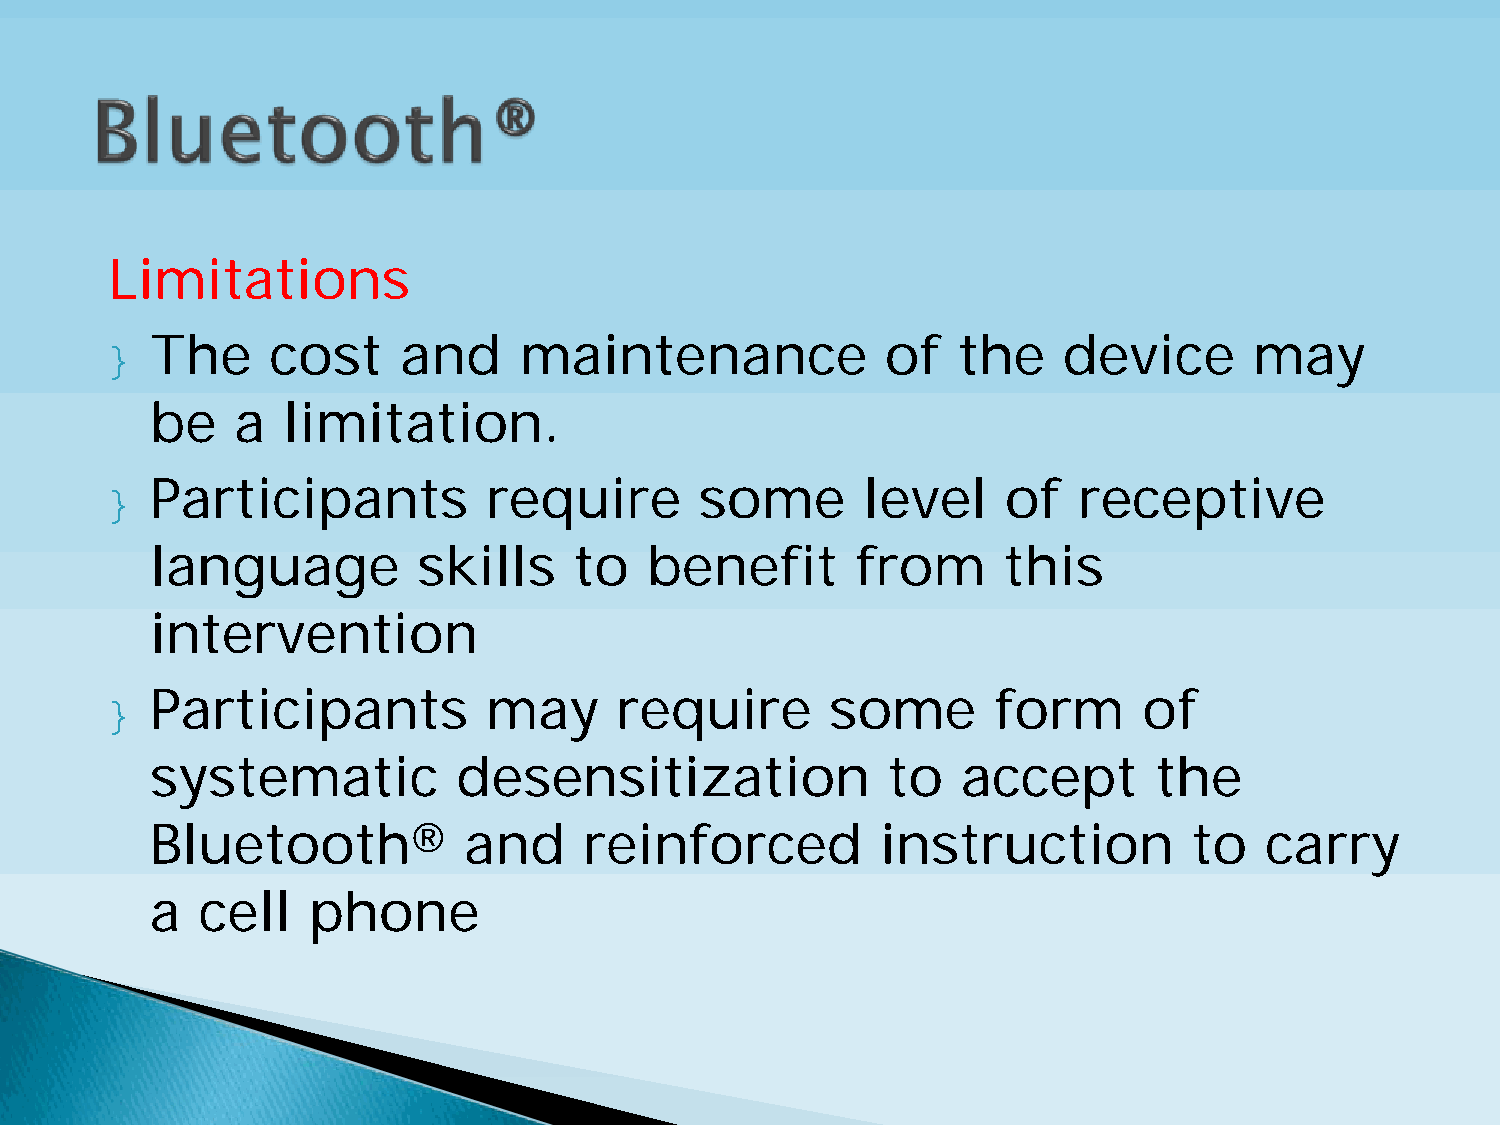
Limitations
 }  The     cost     and    maintenance              of  the    device       may
 be    a  limitation.
 }  Participants          require       some       level     of  receptive
 language          skills    to   benefit       from     this
 intervention
 }  Participants          may      require       some       form      of
 systematic          desensitization              to   accept      the
 Bluetooth®           and     reinforced         instruction          to   carry
 a  cell   phone